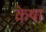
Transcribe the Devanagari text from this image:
केषा